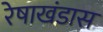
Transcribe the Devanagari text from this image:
रेषाखंडास